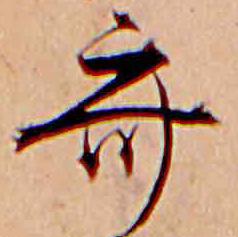
斎